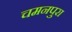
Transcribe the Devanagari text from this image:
चमनपुरा